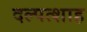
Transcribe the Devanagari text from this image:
दल्पत्शाह